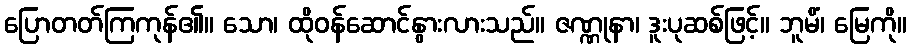
ပြောတတ်ကြကုန်၏။ သော၊ ထိုဝန်ဆောင်နွားလားသည်။ ဇဏ္ဏုနာ၊ ဒူးပုဆစ်ဖြင့်။ ဘူမိံ၊ မြေကို။